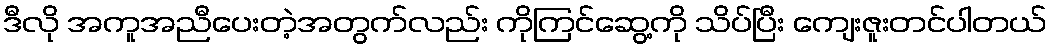
ဒီလို အကူအညီပေးတဲ့အတွက်လည်း ကိုကြင်ဆွေ့ကို သိပ်ပြီး ကျေးဇူးတင်ပါတယ်